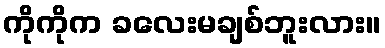
ကိုကိုက ခလေးမချစ်ဘူးလား။